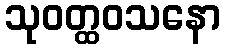
သုဝတ္ထဝသနော